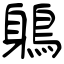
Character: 鵢